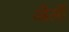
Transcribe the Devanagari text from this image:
और्ली